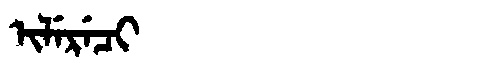
Manchu: ᡳᠯᡝᡵᡝᠴᡳ
Romanization: ILERECI